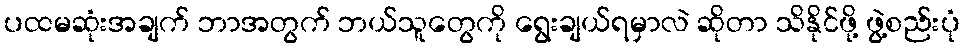
ပထမဆုံးအချက် ဘာအတွက် ဘယ်သူတွေကို ရွေးချယ်ရမှာလဲ ဆိုတာ သိနိုင်ဖို့ ဖွဲ့စည်းပုံ